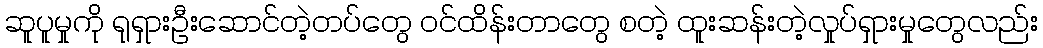
ဆူပူမှုကို ရုရှားဦးဆောင်တဲ့တပ်တွေ ဝင်ထိန်းတာတွေ စတဲ့ ထူးဆန်းတဲ့လှုပ်ရှားမှုတွေလည်း